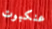
عنكبوت